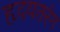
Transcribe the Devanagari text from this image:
हृदयतरंग